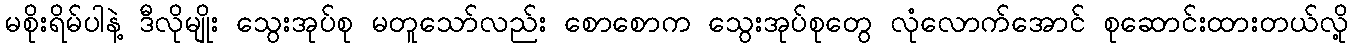
မစိုးရိမ်ပါနဲ့ ဒီလိုမျိုး သွေးအုပ်စု မတူသော်လည်း စောစောက သွေးအုပ်စုတွေ လုံလောက်အောင် စုဆောင်းထားတယ်လို့